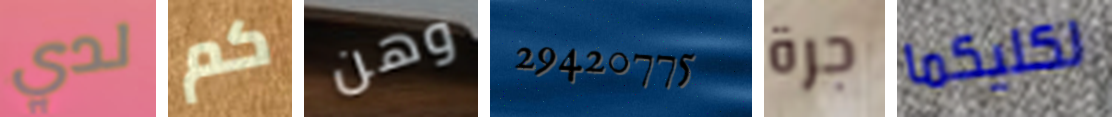
لدي كم وهن 29420775 جرة لكليكما